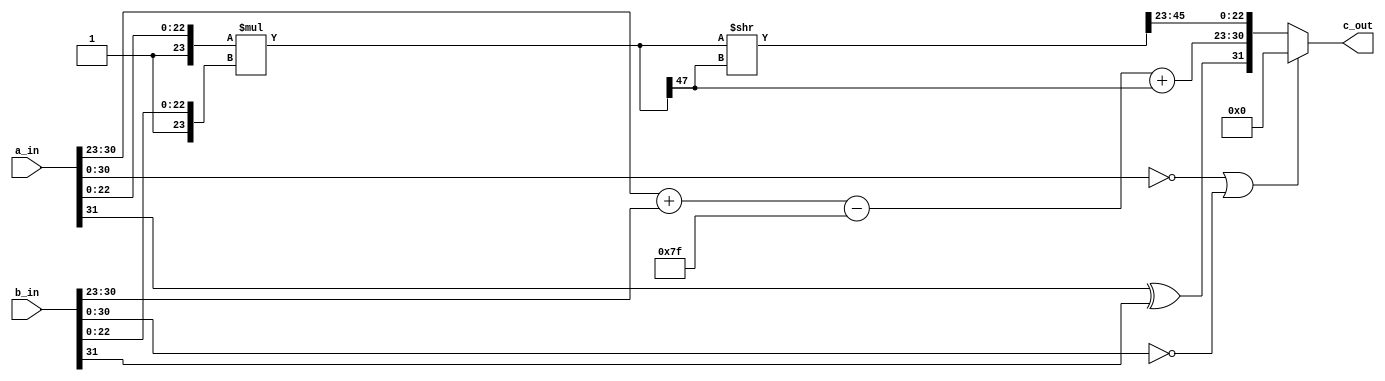
module fpmul_32b(a_in, b_in, c_out );
parameter m = 8, n = 23;
input [m+n:0] a_in, b_in;
output [m+n:0] c_out;

wire sign, is_zero;
wire [m-1:0] exp, exp_c, exp_d;
wire [2*n+1:0] mant;
wire [2*n+1:0] mul;

assign sign = a_in[m+n] ^ b_in[m+n];
assign exp_c = a_in[m+n-1:n] + b_in[m+n-1:n] - {(m-1){1'b1}};
assign mul = {1'b1,a_in[n-1:0]} * {1'b1,b_in[n-1:0]};
assign is_zero = (a_in[m+n-1:0] == 'b0) || (b_in[m+n-1:0] == 'b0);

assign exp = exp_c + mul[2*n+1];
assign mant = mul>>(mul[2*n+1]);

assign c_out = is_zero ? 'b0 : {sign,exp,mant[2*n-1:n]};

endmodule